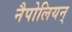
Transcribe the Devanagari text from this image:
नैपोलियन्